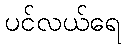
ပင်လယ်ရေ